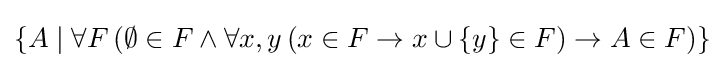
\{A\mid \forall F\,(\emptyset \in F\wedge \forall x,y\,(x\in F\rightarrow x\cup \{y\}\in F)\rightarrow A\in F)\}